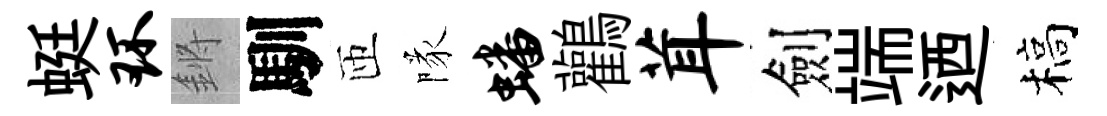
蜓环鏘馴匝隊蟠鸛茸劍端迺槁